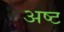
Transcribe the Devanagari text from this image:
अष्‍ट